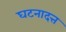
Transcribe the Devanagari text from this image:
घटनादत्त